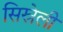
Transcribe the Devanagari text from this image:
सिस्रेली